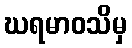
ဃရမာဝသိမှ